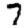
Digit: 7